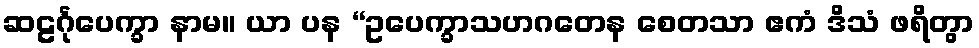
ဆဠင်္ဂုပေက္ခာ နာမ။ ယာ ပန “ဥပေက္ခာသဟဂတေန စေတသာ ဧကံ ဒိသံ ဖရိတွာ